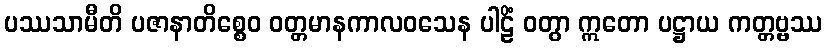
ပဿသာမီတိ ပဇာနာတိစ္စေဝ ဝတ္တမာနကာလဝသေန ပါဠိံ ဝတွာ ဣတော ပဋ္ဌာယ ကတ္တဗ္ဗဿ